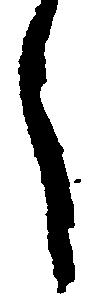
し